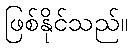
ဖြစ်နိုင်သည်။